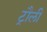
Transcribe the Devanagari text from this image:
ट्रौली